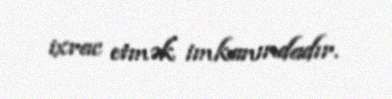
ixrac etmək imkanındadır.